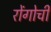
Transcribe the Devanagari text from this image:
रोंगोची